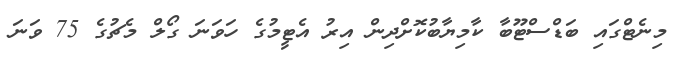
މިނެޓްގައި ބަޑްސްޓޫބާ ކާމިޔާބުކޮށްދިން އިރު އެޓީމުގެ ހަވަނަ ގޯލް މެޗުގެ 75 ވަނަ